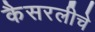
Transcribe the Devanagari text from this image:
कैसरलीचे